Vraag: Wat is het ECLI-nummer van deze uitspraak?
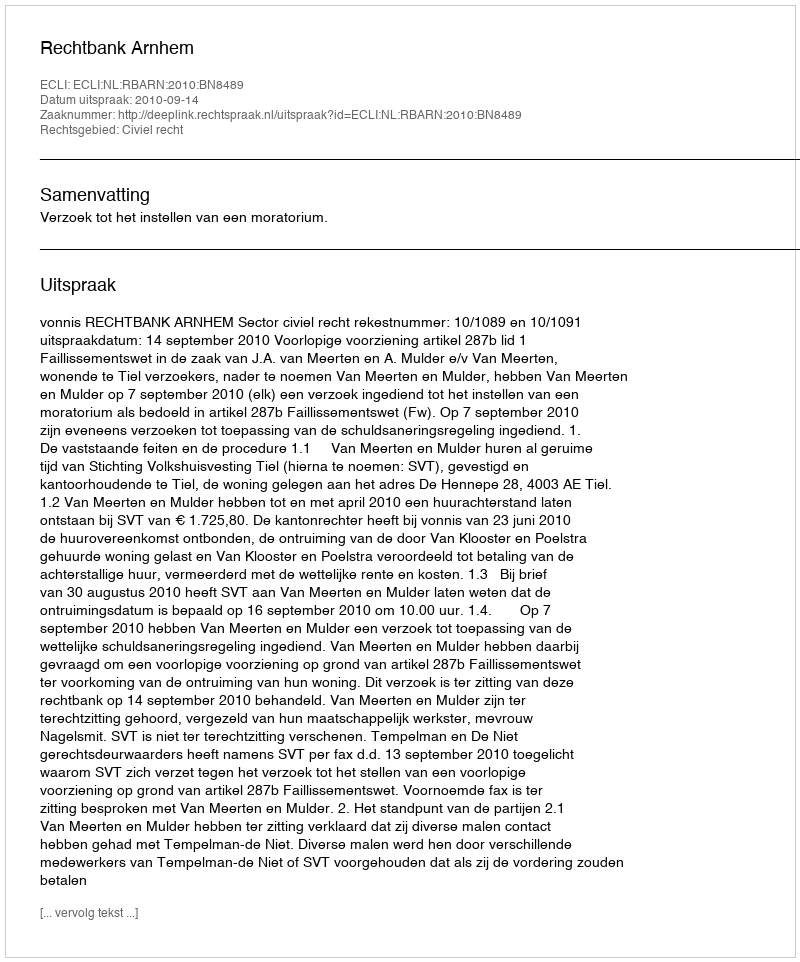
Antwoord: ECLI:NL:RBARN:2010:BN8489